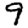
Digit: 9